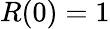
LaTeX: R(0)=1